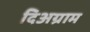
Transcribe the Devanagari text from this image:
दिअग्राम